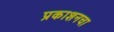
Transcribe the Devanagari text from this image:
प्रकाशनचा